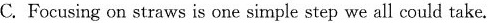
C. Focusing on straws is one simple step we all could take.